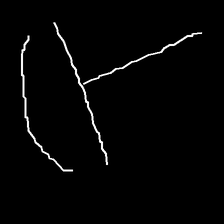
Glyph: dispersion